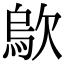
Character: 歍